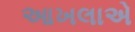
આખલાએ